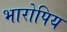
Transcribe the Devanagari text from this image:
भारोपिय